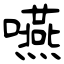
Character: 嚥